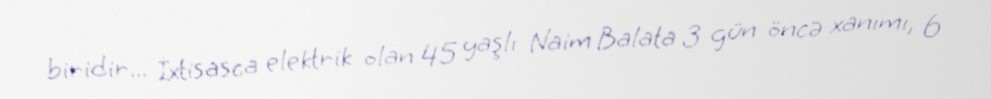
biridir... İxtisasca elektrik olan 45 yaşlı Naim Balata 3 gün öncə xanımı, 6